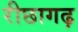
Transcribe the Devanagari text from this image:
रीछागढ़